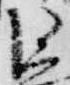
御